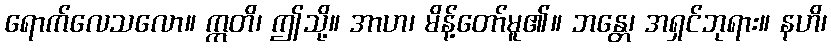
ရောက်လေသလော။ ဣတိ၊ ဤသို့။ အာဟ၊ မိန့်တော်မူ၏။ ဘန္တေ၊ အရှင်ဘုရား။ နဟိ၊